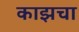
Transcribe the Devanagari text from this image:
काझचा